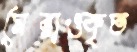
ঘেরাওকৃত